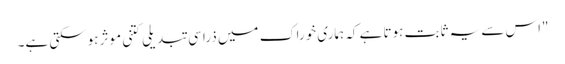
"اس سے یہ ثابت ہوتا ہے کہ ہماری خوراک میں ذرا سی تبدیلی کتنی موثر ہوسکتی ہے۔